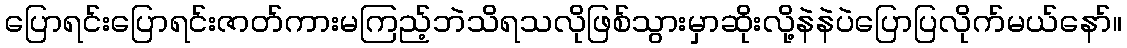
ပြောရင်းပြောရင်းဇာတ်ကားမကြည့်ဘဲသိရသလိုဖြစ်သွားမှာဆိုးလို့နဲနဲပဲပြောပြလိုက်မယ်နော်။